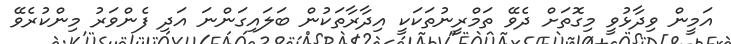
އަމީން ވިދާޅުވީ މިގޮތަށް ދެވޭ ތަމްރީނުތަކަކީ އިދާރާތަކުން ބަލައިގަންނަ އަދި ފެންވަރު މިންކުރެވޭ